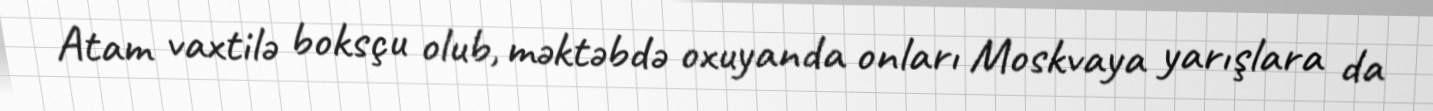
Atam vaxtilə boksçu olub, məktəbdə oxuyanda onları Moskvaya yarışlara da